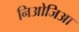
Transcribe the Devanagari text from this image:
निओजिआ